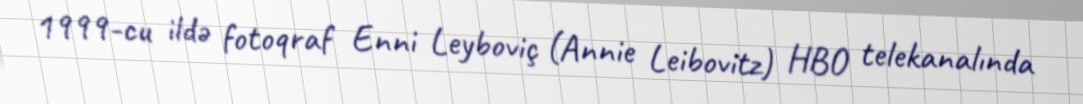
1999-cu ildə fotoqraf Enni Leyboviç (Annie Leibovitz) HBO telekanalında